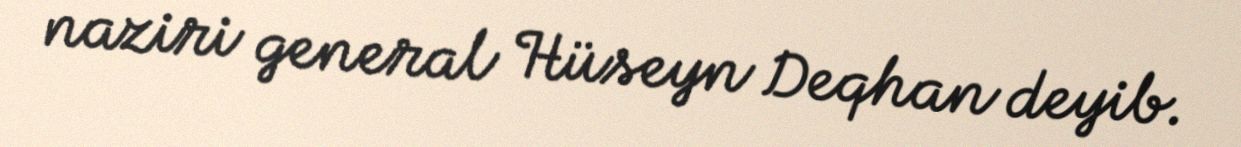
naziri general Hüseyn Deqhan deyib.